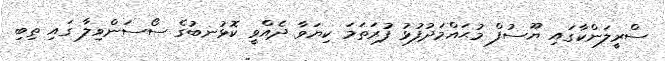
ސްރީލަންކާގައި ޔޫސުފް މުޙައްމަދުފުޅު ފުރަތަމަ ކިޔަވާ ދެއްވީ ކޮޅުނބުގެ ސޯސަންވިލާ ގައި ތިބި